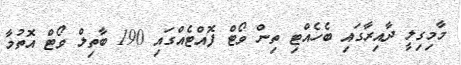
މާމިގިލީ ދާއިރާގައި ބެހެއްޓި ތިން ވޯޓް ފޮއްޓެއްގައި 190 ބާތިލް ވޯޓް އޮތުމާ